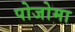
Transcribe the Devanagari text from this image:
पोजोमा